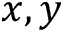
x , y